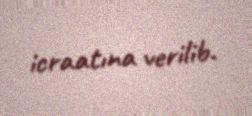
icraatına verilib.